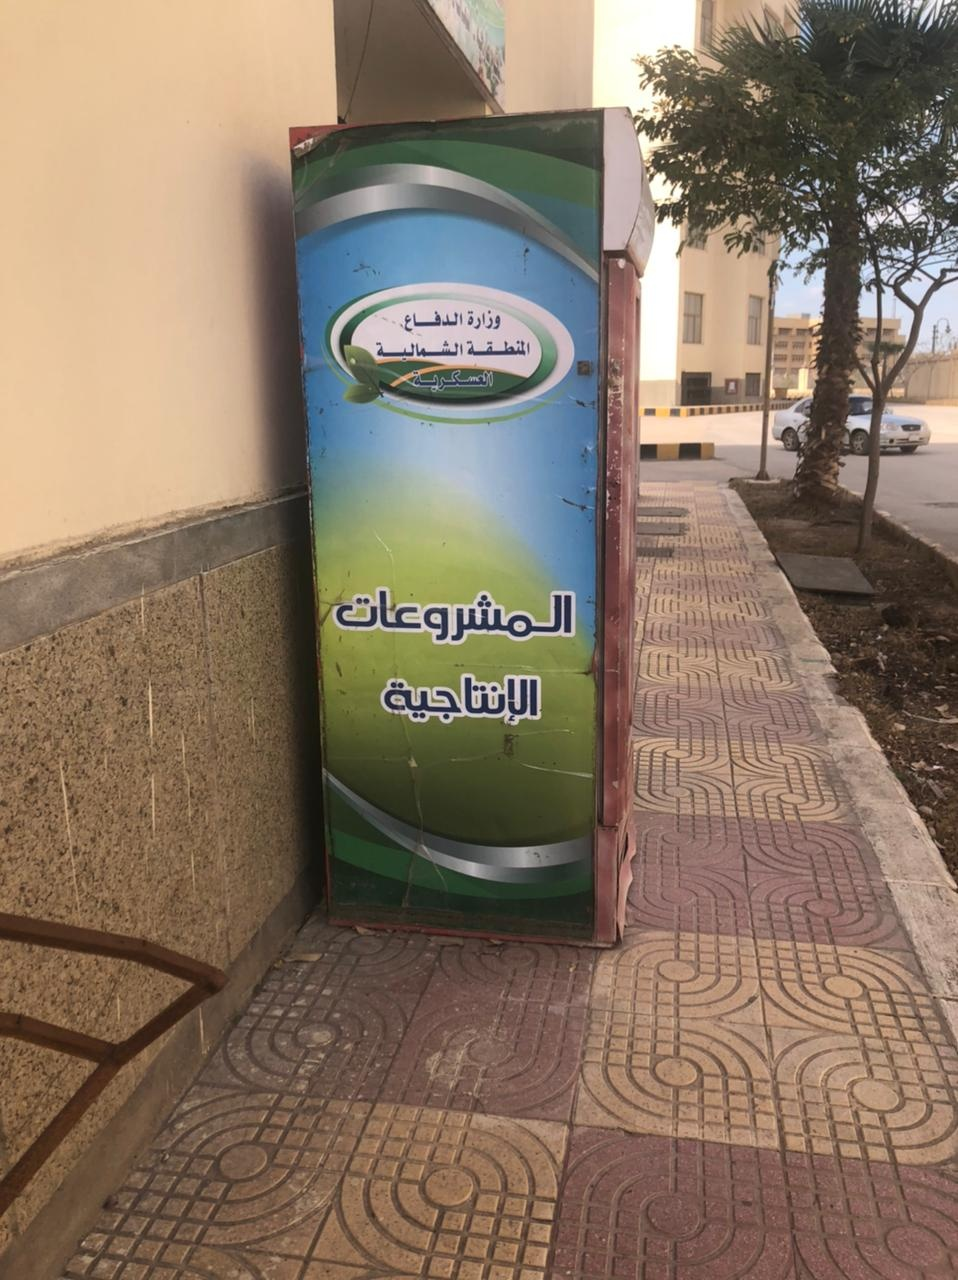
Text in image: وزارة الدفاع المنطقة الشمالية العسكرية المشروعات الإنتاجية